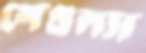
সেগুল্যা